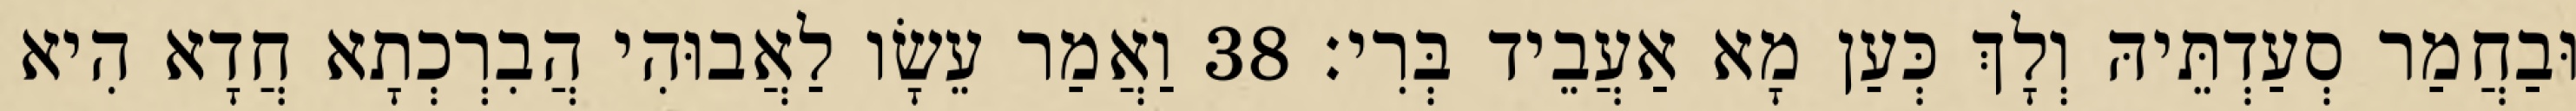
וּבַחֲמַר סְעַדְתֵּיהּ וְלָךְ כְּעַן מָא אַעֲבֵיד בְּרִי׃ 38 וַאֲמַר עֵשָׂו לַאֲבוּהִי הֲבִרְכְתָא חֲדָא הִיא